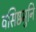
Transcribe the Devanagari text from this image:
वसिष्ठमुनि